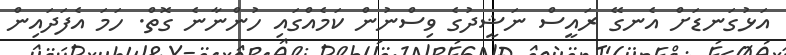
އަޅުގަނޑަށް އެނގޭ ރައީސް ނަޝީދުގެ ވިސްނުން ކަމެއްގައި ހުންނާނެ ގޮތް. ހަމަ އެފަދައިން